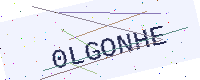
Text: 0LGONHE